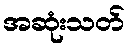
အဆုံးသတ်